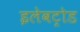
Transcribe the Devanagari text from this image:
इलेवट्रोड